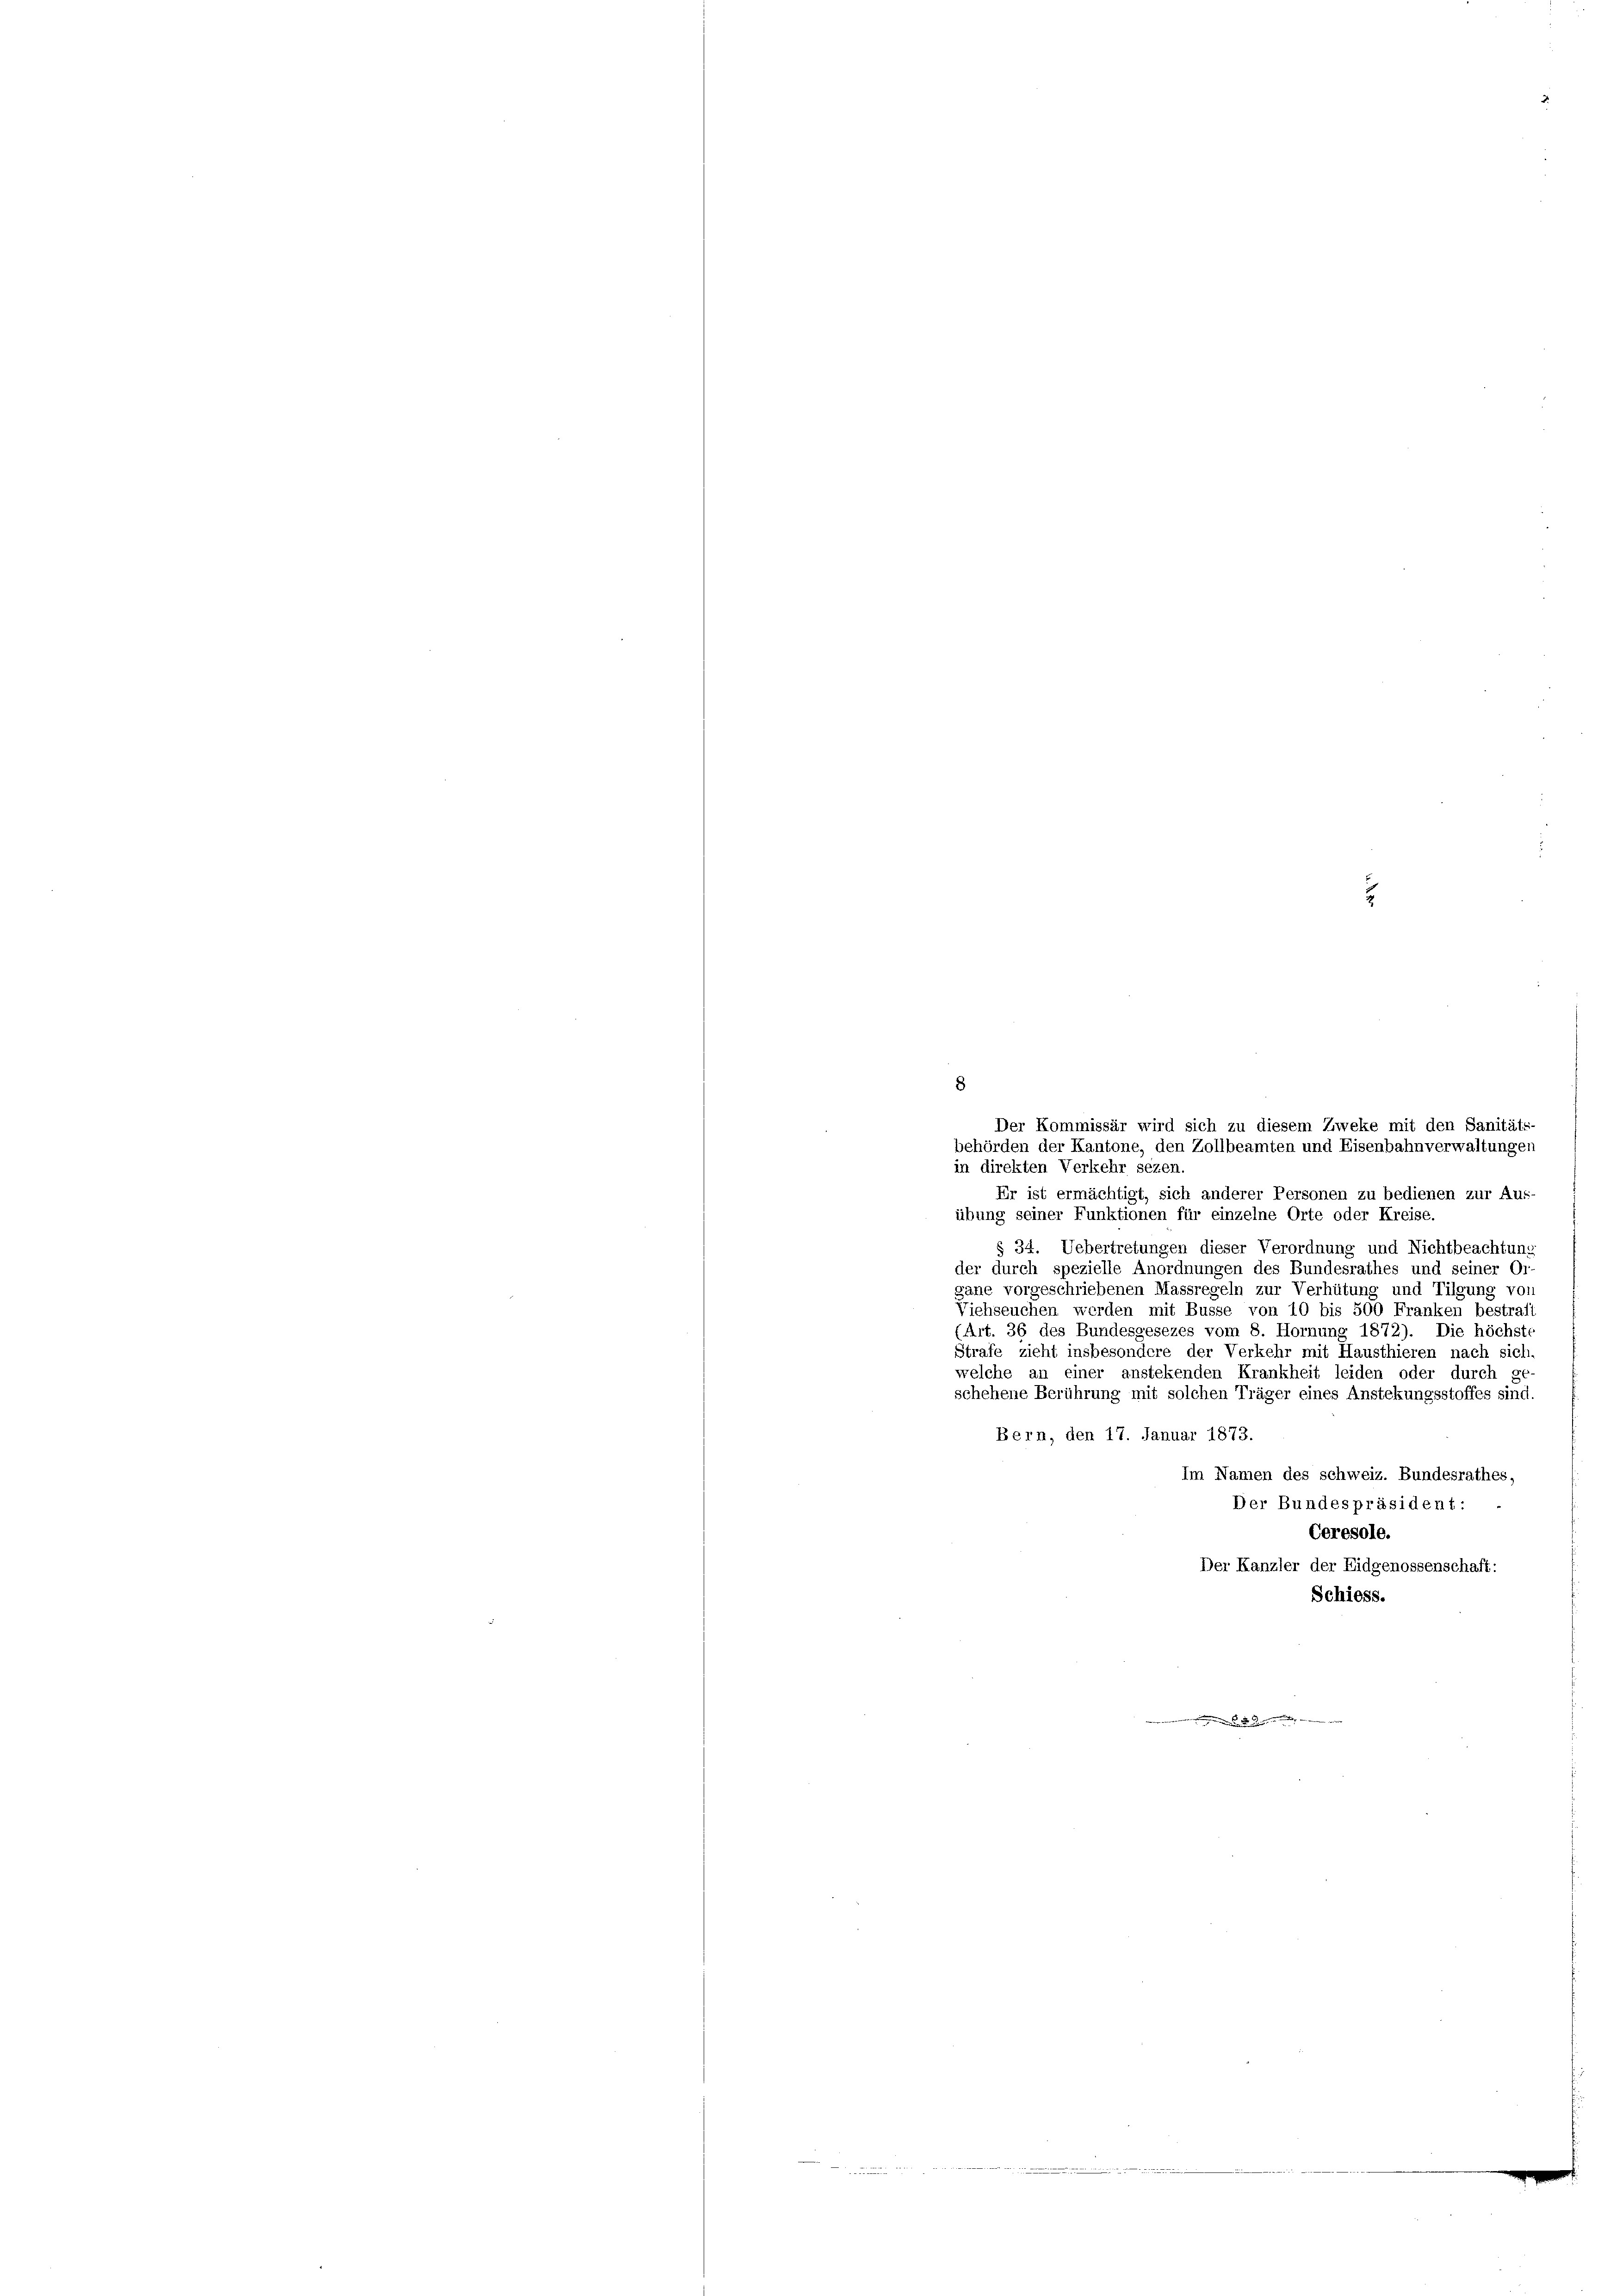
2

in direkten Verkehr sezen
Er ist ermächtigt, sich anderer Personen zu bedienen zur Aus-
übung seiner Funktionen für einzelne Orte oder Kreise.
§ 34. Uebertretungen dieser Verordnung und Nichtbeachtung
der durch spezielle Anordnungen des Bundesrathes und seiner Or-
gane vorgeschriebenen Massregeln zur Verhütung und Tilgung vor
Viehseuchen werden mit Busse von 10 bis 500 Franken bestraft
(Art. 36 des Bundesgesezes vom 8. Hornung 1872). Die höchste
Strafe zieht insbesondere der Verkehr mit Hausthieren nach sich-
welche an einer anstekenden Krankheit leiden oder durch ge-
schehene Berührung mit solchen Träger eines Anstekungsstoffes sind.
Bern, den 17. Januar 1873.
Im Namen des schweiz. Bundesrathes,
Der Bundespräsident:
Ceresole.
Der Kanzler der Eidgenossenschaft:
Schiess.
.

8
Der Kommissär wird sich zu diesem Zweke mit den Sanitäts-
behörden der Kantone, den Zollbeamten und Eisenbahnverwaltungen